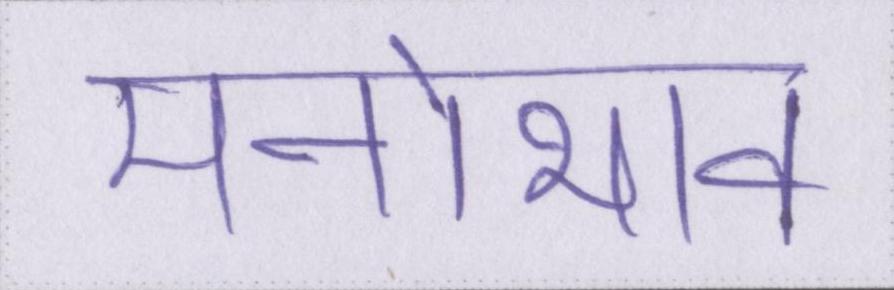
मनोभाव